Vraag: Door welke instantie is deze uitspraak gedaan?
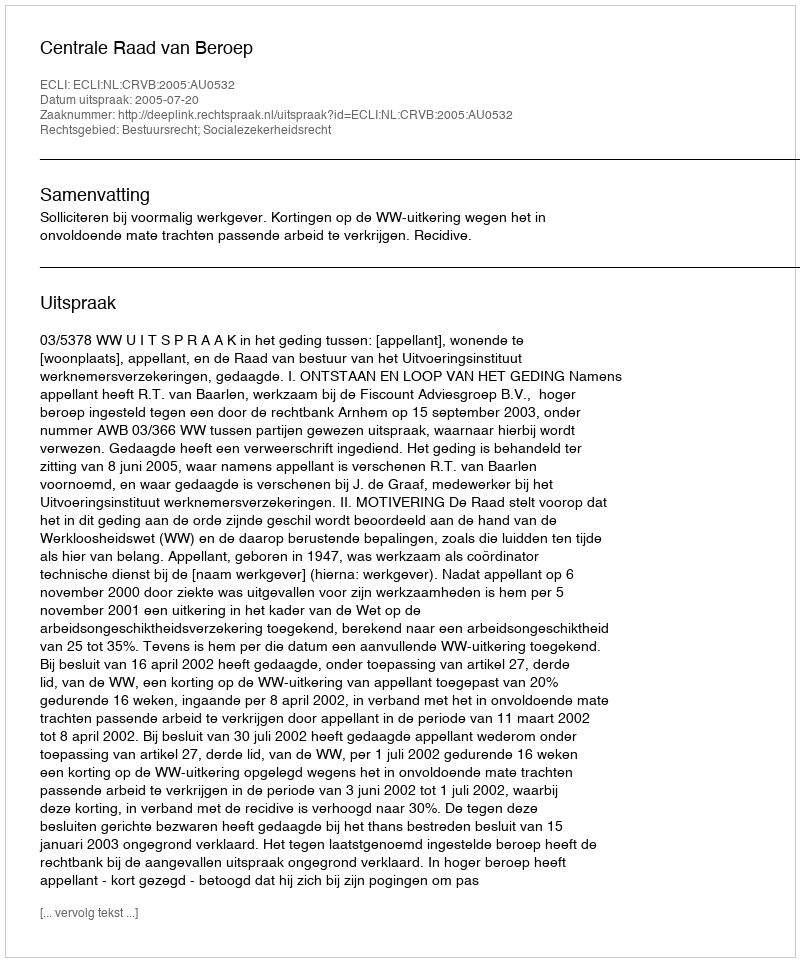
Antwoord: Centrale Raad van Beroep